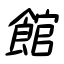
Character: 館